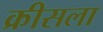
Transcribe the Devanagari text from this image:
क्रीसला